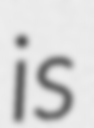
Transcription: is